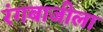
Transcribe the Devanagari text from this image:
रंगबाजीला